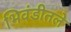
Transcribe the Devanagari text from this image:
भिवंडीतले